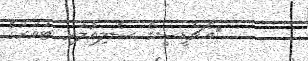
އެޗްޑީސީގެ ސެލިއުލަރ ޓަވަރުގެ